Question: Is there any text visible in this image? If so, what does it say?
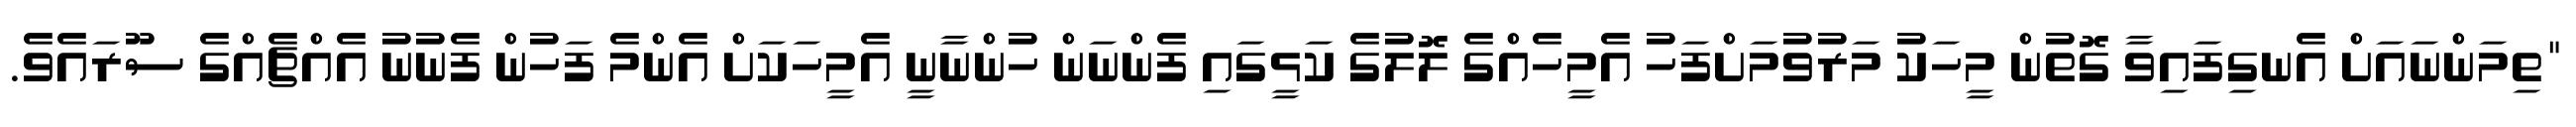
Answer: "ތިމަންނައަށް އެނގިފައިވާ ގޮތުން މީހަކު މަރުވުމަށްފަހު އެމީހެއްގެ ލޮލުގެ ކަޅީގައި ފެންނަން ހުންނާނީ އެމީހަކަށް އެންމެ ފަހުން ފެނުނު އެއްޗެއްގެ ސޫރައެވެ.